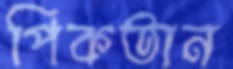
পিকতান